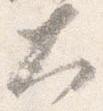
大